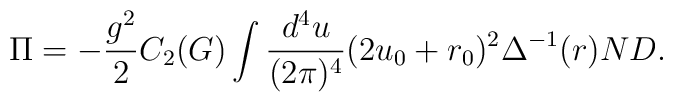
\Pi = -\frac{g^2}{2} C_2(G) \int \frac{d^4u}{(2\pi)^4} (2u_0+r_0)^2\Delta^{-1}(r) ND.